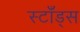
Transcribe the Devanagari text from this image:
स्टाँड्स